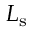
L _ { \mathrm { s } }